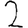
Digit: 2